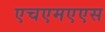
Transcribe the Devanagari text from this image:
एचएमएएस